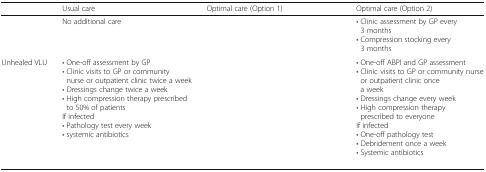
<table><thead><tr><td>[EMPTY_CELL]</td><td><b>Usual care</b></td><td><b>Optimal care (Option 1)</b></td><td><b>Optimal care (Option 2)</b></td></tr></thead><tbody><tr><td>[EMPTY_CELL]</td><td>No additional care</td><td>[EMPTY_CELL]</td><td>• Clinic assessment by GP every 3 months• Compression stocking every 3 months</td></tr><tr><td>Unhealed VLU</td><td>• One-off assessment by GP• Clinic visits to GP or community nurse or outpatient clinic twice a week• Dressings change twice a week• High compression therapy prescribed to 50% of patientsIf infected• Pathology test every week• systemic antibiotics</td><td>[EMPTY_CELL]</td><td>• One-off ABPI and GP assessment• Clinic visits to GP or community nurse or outpatient clinic once a week• Dressings change every week• High compression therapy prescribed to everyoneIf infected• One-off pathology test• Debridement once a week• Systemic antibiotics</td></tr></tbody></table>